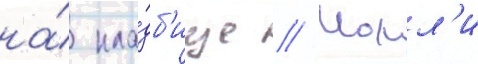
на́ кла́дб'ище // Молл'и